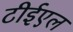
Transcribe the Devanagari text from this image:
टीईएल